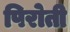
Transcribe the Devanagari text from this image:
पिरोती